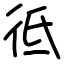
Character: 彽